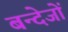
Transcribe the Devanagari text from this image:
बन्देजों